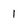
Character: 1